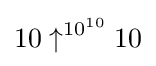
10\uparrow ^{10^{10}}10